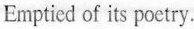
Emptied of is poetry.